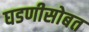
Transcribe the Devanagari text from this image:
घडणीसोबत